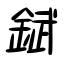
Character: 錻